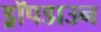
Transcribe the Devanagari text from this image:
ड्रॉपडाउन